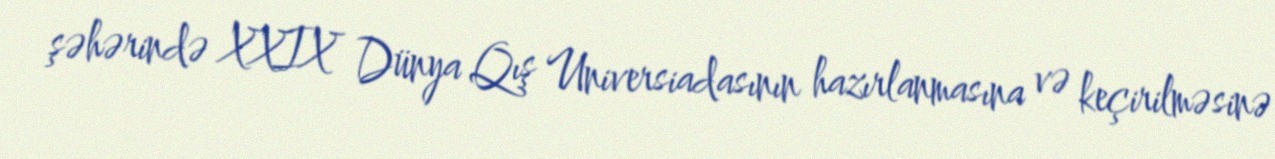
şəhərində XXIX Dünya Qış Universiadasının hazırlanmasına və keçirilməsinə